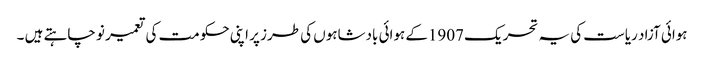
ہوائی آزاد ریاست کی یہ تحریک 1907کے ہوائی بادشاہوں کی طرز پر اپنی حکومت کی تعمیر نو چاہتے ہیں ۔